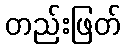
တည်းဖြတ်